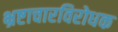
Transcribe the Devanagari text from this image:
भ्रष्टाचारविरोधक